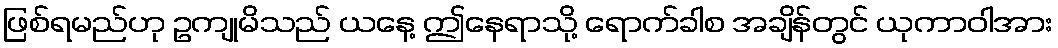
ဖြစ်ရမည်ဟု ဥကျုမိသည် ယနေ့ ဤနေရာသို့ ရောက်ခါစ အချိန်တွင် ယုကာဝါအား